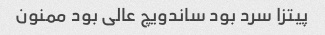
پیتزا سرد بود ساندویچ عالی بود ممنون